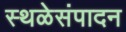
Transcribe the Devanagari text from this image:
स्थळेसंपादन